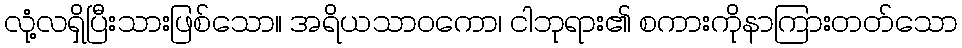
လုံ့လရှိပြီးသားဖြစ်သော။ အရိယသာဝကော၊ ငါဘုရား၏ စကားကိုနာကြားတတ်သော